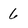
Character: 6